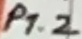
Text: P1.2